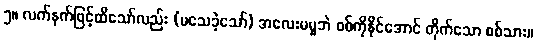
၅။ လက်နက်ဖြင့်ထိသော်လည်း (မသေခဲ့သော်) အလေးမမူဘဲ စစ်ကိုနိုင်အောင် တိုက်သော စစ်သား။